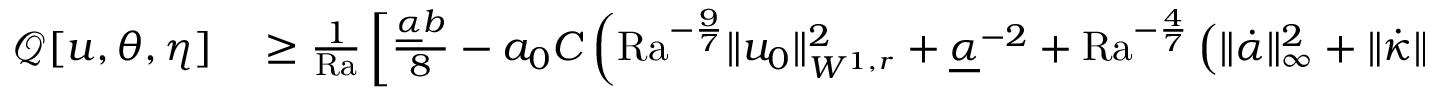
\begin{array} { r l } { \mathcal { Q } [ u , \theta , \eta ] } & { { } \geq \frac { 1 } { \mathrm { { R a } } } \left[ \frac { \underline { { \alpha } } b } { 8 } - a _ { 0 } C \left( \mathrm { { R a } } ^ { - \frac { 9 } { 7 } } \| u _ { 0 } \| _ { W ^ { 1 , r } } ^ { 2 } + \underline { { \alpha } } ^ { - 2 } + \mathrm { { R a } } ^ { - \frac { 4 } { 7 } } \left( \| \dot { \alpha } \| _ { \infty } ^ { 2 } + \| \dot { \kappa } \| _ { \infty } ^ { 2 } + 1 \right) \right) \right] \left\langle \| u \| _ { H ^ { 1 } } ^ { 2 } \right\rangle } \end{array}